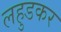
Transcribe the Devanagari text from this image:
लहुडकर